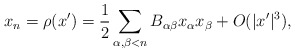
\begin{align*}x_n = \rho (x') = \frac{1}{2} \sum_{\alpha, \beta < n} B_{\alpha\beta} x_\alpha x_\beta + O (|x'|^3),\end{align*}